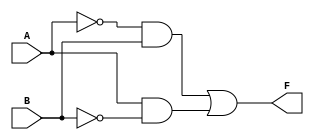
module lab00(
			input A,
			input B,
			output F
			);
	assign F = ~A&B | A&~B;
endmodule